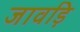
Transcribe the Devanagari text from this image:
जावड़ि